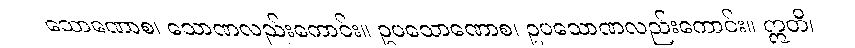
သောဏောစ၊ သောဏလည်းကောင်း။ ဥပသောဏောစ၊ ဥပသောဏလည်းကောင်း။ ဣတိ၊